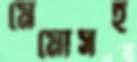
মেমোসহ